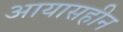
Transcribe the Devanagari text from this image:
आयासहीन